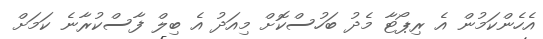
އެހެންކަމުން އެ ރިޕޯޓާ މެދު ބަހުސްކޮށް މިއަދު އެ ބިލް ފާސްކުރާނެ ކަމަށް